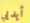
أيديي